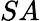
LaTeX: SA